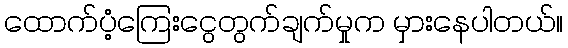
ထောက်ပံ့ကြေးငွေတွက်ချက်မှုက မှားနေပါတယ်။